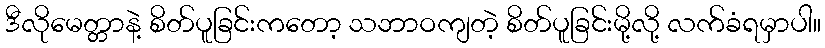
ဒီလိုမေတ္တာနဲ့ စိတ်ပူခြင်းကတော့ သဘာဝကျတဲ့ စိတ်ပူခြင်းမို့လို့ လက်ခံရမှာပါ။